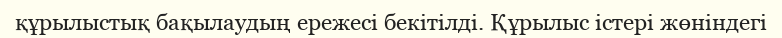
құрылыстық бақылаудың ережесі бекітілді. Құрылыс істері жөніндегі